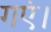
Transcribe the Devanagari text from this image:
गएं।